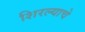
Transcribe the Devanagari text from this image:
शिरल्याचे